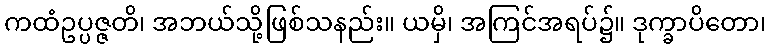
ကထံဥပ္ပဇ္ဇတိ၊ အဘယ်သို့ဖြစ်သနည်း။ ယမှိ၊ အကြင်အရပ်၌။ ဒုက္ခာပိတော၊